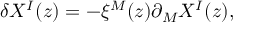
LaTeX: \delta X ^ { I } ( z ) = - \xi ^ { M } ( z ) \partial _ { M } X ^ { I } ( z ) ,